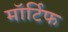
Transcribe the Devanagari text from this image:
मॉर्टिफ